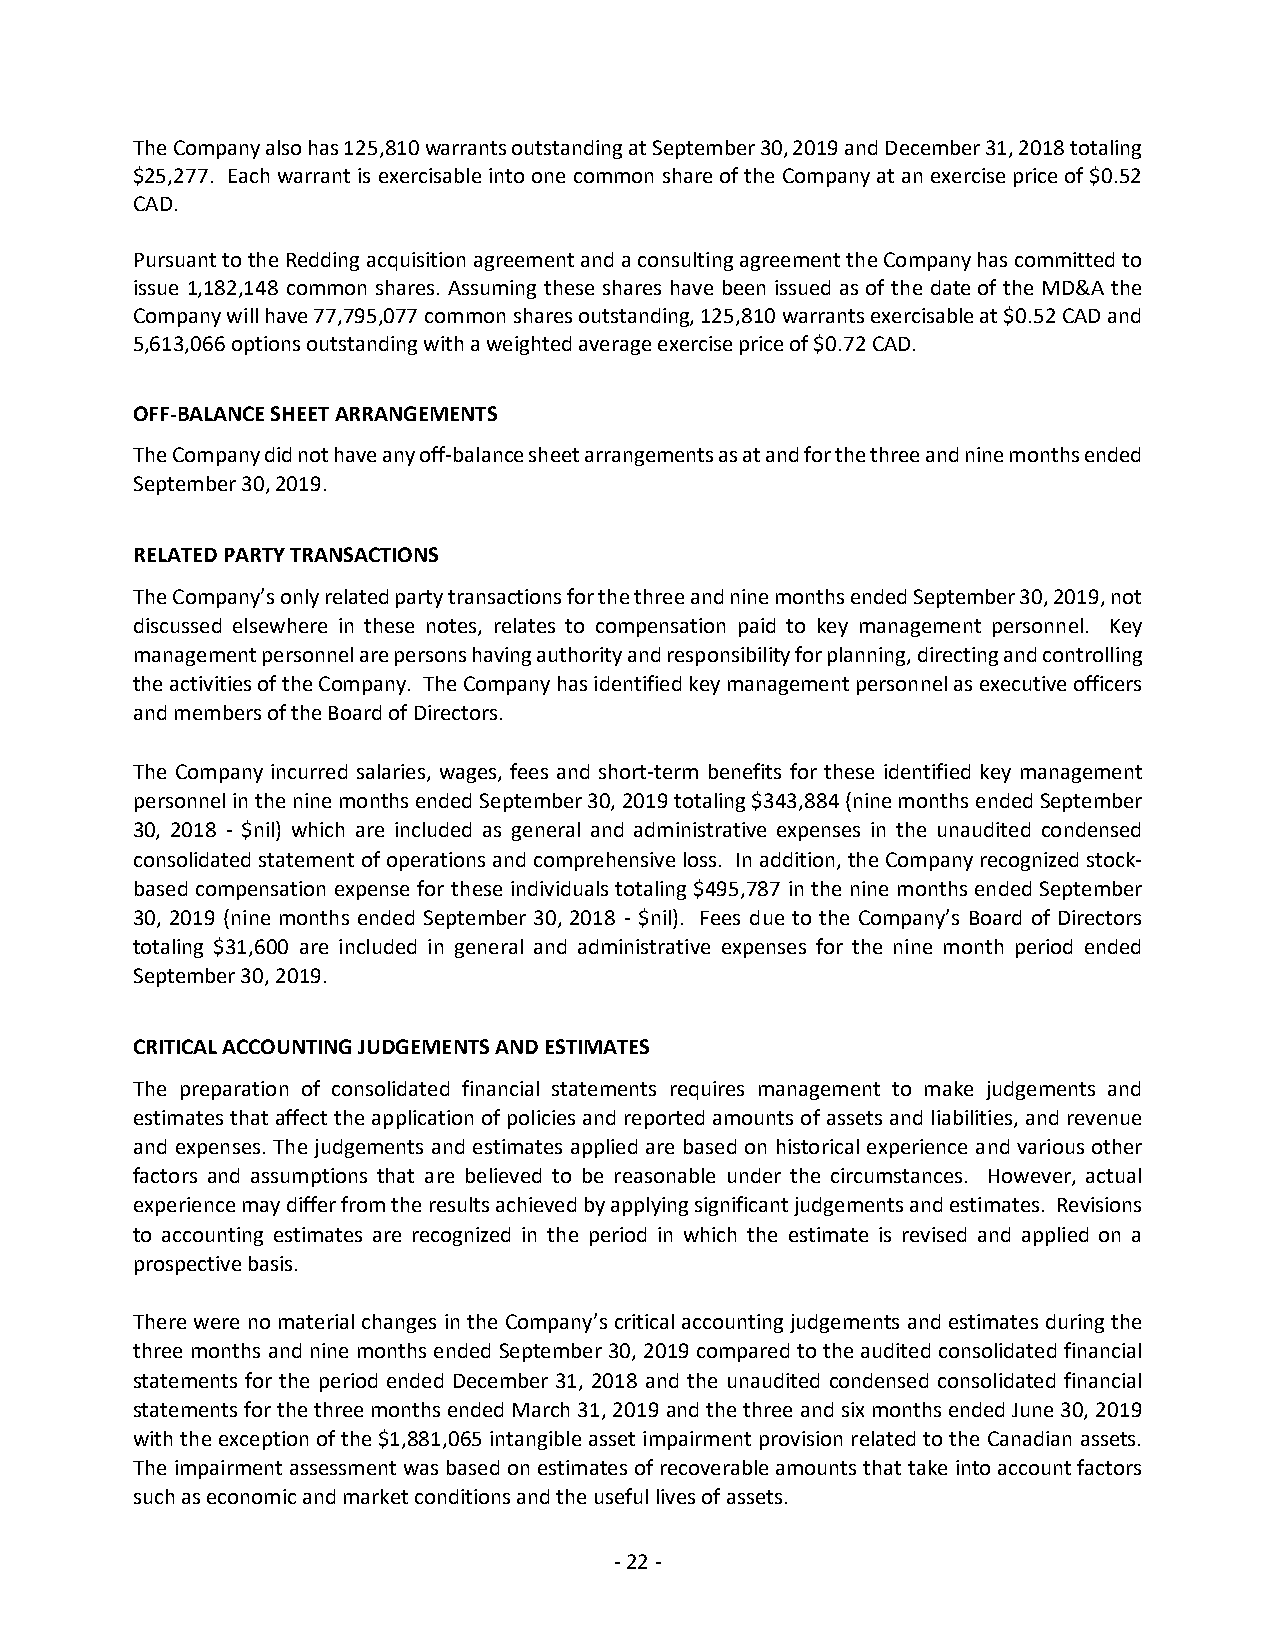
The Company also has 125,810 warrants outstanding at September 30, 2019 and December 31, 2018 totaling
 $25,277. Each warrant is exercisable into one common share of the Company at an exercise price of $0.52
 CAD.
 Pursuant to the Redding acquisition agreement and a consulting agreement the Company has committed to
 issue 1,182,148 common shares. Assuming these shares have been issued as of the date of the MD&A the
 Company will have 77,795,077 common shares outstanding, 125,810 warrants exercisable at $0.52 CAD and
 5,613,066 options outstanding with a weighted average exercise price of $0.72 CAD.
 OFF-BALANCE SHEET ARRANGEMENTS
 The Company did not have any off-balance sheet arrangements as at and for the three and nine months ended
 September 30, 2019.
 RELATED PARTY TRANSACTIONS
 The Company’s only related party transactions for the three and nine months ended September 30, 2019, not
 discussed elsewhere in these notes, relates to compensation paid to key management personnel. Key
 management personnel are persons having authority and responsibility for planning, directing and controlling
 the activities of the Company. The Company has identified key management personnel as executive officers
 and members of the Board of Directors.
 The Company incurred salaries, wages, fees and short-term benefits for these identified key management
 personnel in the nine months ended September 30, 2019 totaling $343,884 (nine months ended September
 30, 2018 - $nil) which are included as general and administrative expenses in the unaudited condensed
 consolidated statement of operations and comprehensive loss. In addition, the Company recognized stock-
 based compensation expense for these individuals totaling $495,787 in the nine months ended September
 30, 2019 (nine months ended September 30, 2018 - $nil). Fees due to the Company’s Board of Directors
 totaling $31,600 are included in general and administrative expenses for the nine month period ended
 September 30, 2019.
 CRITICAL ACCOUNTING JUDGEMENTS AND ESTIMATES
 The preparation of consolidated financial statements requires management to make judgements and
 estimates that affect the application of policies and reported amounts of assets and liabilities, and revenue
 and expenses. The judgements and estimates applied are based on historical experience and various other
 factors and assumptions that are believed to be reasonable under the circumstances. However, actual
 experience may differ from the results achieved by applying significant judgements and estimates. Revisions
 to accounting estimates are recognized in the period in which the estimate is revised and applied on a
 prospective basis.
 There were no material changes in the Company’s critical accounting judgements and estimates during the
 three months and nine months ended September 30, 2019 compared to the audited consolidated financial
 statements for the period ended December 31, 2018 and the unaudited condensed consolidated financial
 statements for the three months ended March 31, 2019 and the three and six months ended June 30, 2019
 with the exception of the $1,881,065 intangible asset impairment provision related to the Canadian assets.
 The impairment assessment was based on estimates of recoverable amounts that take into account factors
 such as economic and market conditions and the useful lives of assets.
 - 22 -